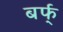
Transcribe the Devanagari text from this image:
बर्फ्